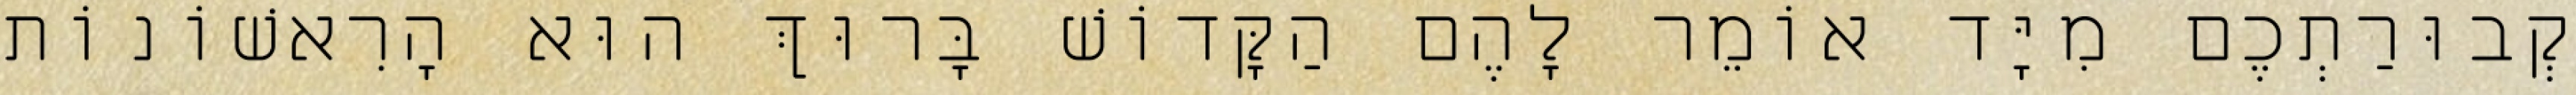
קְבוּרַתְכֶם מִיָּד אוֹמֵר לָהֶם הַקָּדוֹשׁ בָּרוּךְ הוּא הָרִאשׁוֹנוֹת